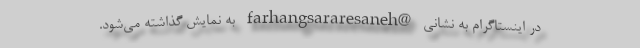
در اینستاگرام به نشانی @farhangsararesaneh به نمایش گذاشته می‌شود.